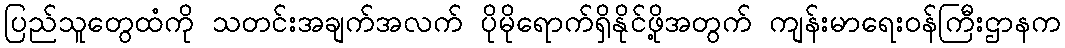
ပြည်သူတွေထံကို သတင်းအချက်အလက် ပိုမိုရောက်ရှိနိုင်ဖို့အတွက် ကျန်းမာရေးဝန်ကြီးဌာနက